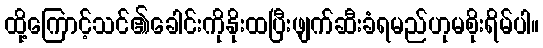
ထို့ကြောင့်သင်၏ခေါင်းကိုနိုးထပြီးဖျက်ဆီးခံရမည်ဟုမစိုးရိမ်ပါ။